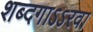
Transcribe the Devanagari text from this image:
शब्दगाऽऽरवा